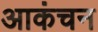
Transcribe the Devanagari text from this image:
आकंचन